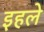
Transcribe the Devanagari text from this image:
इहले